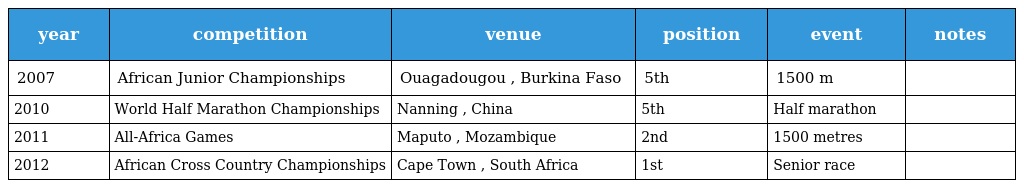
| year | competition | venue | position | event | notes |
 | --- | --- | --- | --- | --- | --- |
 | 2007 | African Junior Championships | Ouagadougou , Burkina Faso | 5th | 1500 m |  |
 | 2010 | World Half Marathon Championships | Nanning , China | 5th | Half marathon |  |
 | 2011 | All-Africa Games | Maputo , Mozambique | 2nd | 1500 metres |  |
 | 2012 | African Cross Country Championships | Cape Town , South Africa | 1st | Senior race |  |